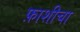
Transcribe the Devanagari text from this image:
फ़ाशीचा